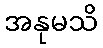
အနုမသိ